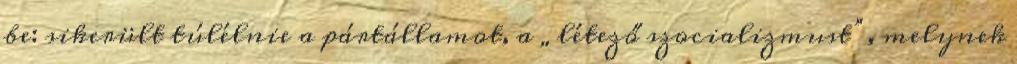
be: sikerült túlélnie a pártállamot, a „létező szocializmust”, melynek